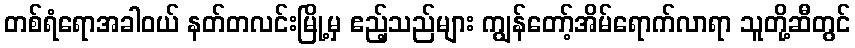
တစ်ရံရောအခါဝယ် နတ်တလင်းမြို့မှ ဧည့်သည်များ ကျွန်တော့်အိမ်ရောက်လာရာ သူတို့ဆီတွင်